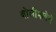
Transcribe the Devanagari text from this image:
बोलीभाषेचे